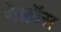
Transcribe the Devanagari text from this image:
नेफ्रॉस